Civil Veterinary Department Bihar & Orissa reports 1922-29 - 1922-1929
Year: 1922
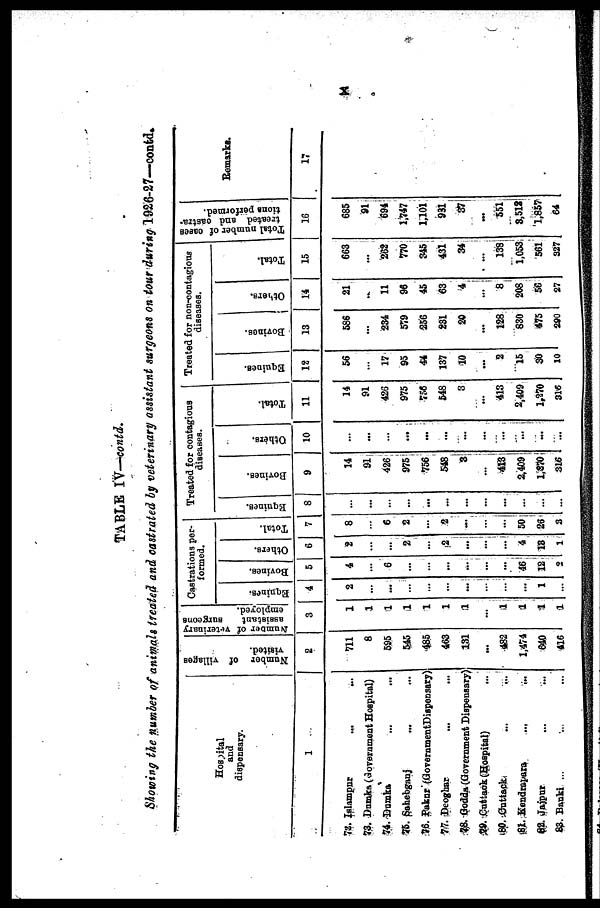
TABLE IV—contd.
Showing the number of animals treated and castrated by veterinary assistant surgeons on tour during 1926-27—contd*
Hospital
and
dispensary.
1
72. Islampur
73. Dumka Government Hospital)
74. Dumka
76. Sohebganj
76. Pakur( Government Dispensary)
77. Deoghar
28. Bodda (Government Dispensary
29. Cuttck (Hospital)
80. Cuttak
91. Kendrapara
..,
82. Jaipur
83. Banki ...
Number of villages
visited.
2
711
8
595
545
485
463
131
...
482
1,474
340
416
Number or veterinary
assistant
sturgeons
employed.
3
...
Castrations per-
formed.
Eqnines.
4
2
...
...
...
...
...
...
1
...
Bovines.
5
4
...
6
...
...
...
...
...
46
12
Others.
6
.
...
...
2
...
2
...
...
...
4
18
1
Total.
7
8
6
2
...
2
...
...
...
50
26
3
Treated for contagious
diseases.
Eqnines.
8
...
...
...
...
...
...
...
...
...
...
Bovines.
9
14
91
426
975
756
548
8
...
413
2,409
1,870
316
Others.
10
...
...
...
...
...
...
...
-
...
...
...
...
Total.
11
14
91
426
975
756
548
3
...
413
2,409
1,970
316
Treated for Non-contagious
diseases.
Equines.
12
56
...
17
95
44
137
10
...
2
15
80
10
Bovines.
13
586
...
234
579
256
281
20
...
128
830
475
290
Others.
14
21
-
11
96
45
63
4
...
8
208
56
27
Total.
Total umber of oaees
treate and oastra-
tions
performed.
15
16
663
...
262
770
845
431
84
...
138
1,053
561
S27
685
91
694
1,747
1,101
931
87
~
551
8,512
1,857
64
Remarks.
17